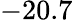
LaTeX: -20.7